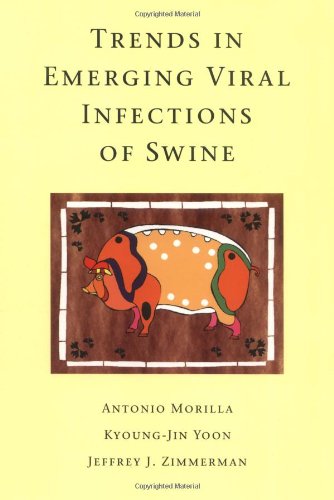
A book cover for Trends in Emerging Viral Infections of Swine; Antonio Morilla; Medical Books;